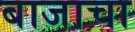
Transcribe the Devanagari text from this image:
बाजाचा